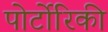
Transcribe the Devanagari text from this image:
पोर्टोरिकी